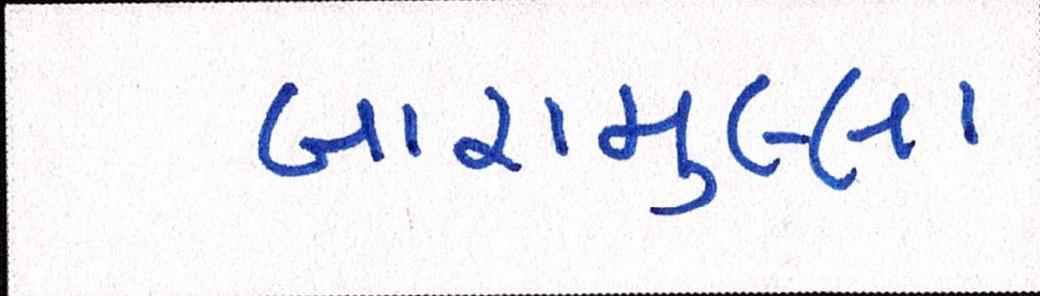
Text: બારામુલ્લા